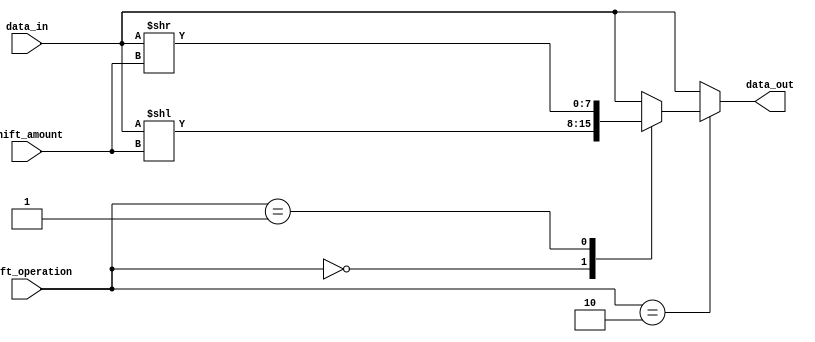
module sparse_barrel_shifter (
    input [7:0] data_in,
    input [1:0] shift_amount,
    input [1:0] shift_operation,
    output reg [7:0] data_out
);

reg [7:0] shifted_data;

always @* begin
    case(shift_operation)
        2'b00: shifted_data = data_in << shift_amount; // left shift
        2'b01: shifted_data = data_in >> shift_amount; // right shift
        default: shifted_data = data_in; // no shift
    endcase
end

always @(data_in, shift_operation) begin
    case(shift_operation)
        2'b10: data_out = shifted_data; // select shifted data
        default: data_out = data_in; // no shift
    endcase
end

endmodule